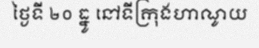
ថ្ងៃទី ២០ ធ្នូ នៅទីក្រុងហាណូយ